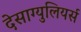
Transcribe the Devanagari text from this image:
देसाग्युलियर्स